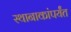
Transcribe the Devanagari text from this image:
स्थानाकांपर्यंत